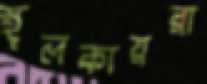
স্থূলকায়রা